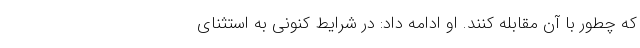
که چطور با آن مقابله کنند. او ادامه داد: در شرایط کنونی به استثنای